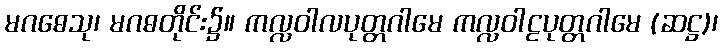
မဂဓေသု၊ မဂဓတိုင်း၌။ ကလ္လဝါလပုတ္တဂါမေ ကလ္လဝါဠပုတ္တဂါမေ (ဆဋ္ဌ)၊